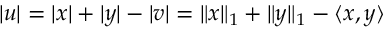
| u | = | x | + | y | - | v | = \| x \| _ { 1 } + \| y \| _ { 1 } - \langle x , y \rangle